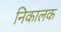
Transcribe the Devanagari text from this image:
निकालक